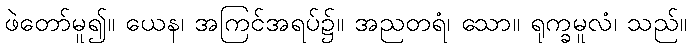
ဖဲတော်မူ၍။ ယေန၊ အကြင်အရပ်၌။ အညတရံ၊ သော။ ရုက္ခမူလံ၊ သည်။